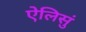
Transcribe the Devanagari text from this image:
ऐलिसुं